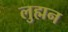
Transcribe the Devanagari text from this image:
लुह्मन